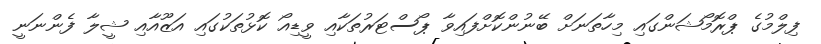
ފިލްމުގެ ޕްރޮމޯޝަންގައި މިހާތަނަށް ބޭނުންކޮށްފައިވާ ޕޯސްޓަރުތަކާއި ވީޑިއޯ ކޮޅުތަކުގައި އަޒޫއާއި ޝީލާ ފެންނަނީ